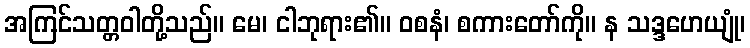
အကြင်သတ္တဝါတို့သည်။ မေ၊ ငါဘုရား၏။ ဝစနံ၊ စကားတော်ကို။ န သဒ္ဒဟေယျုံ၊